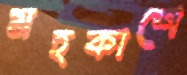
মহকাশে